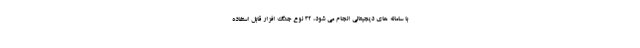
با سامانه های دیجیتالی انجام می شود، ۳۲ نوع جنگ افزار قابل استفاده